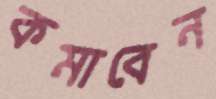
কমাবেন